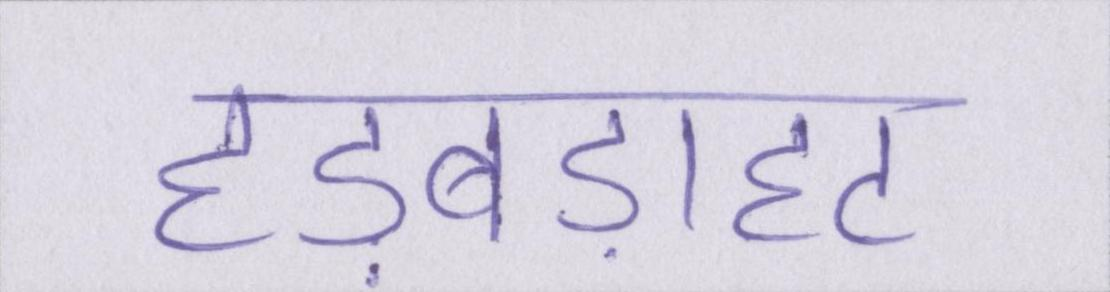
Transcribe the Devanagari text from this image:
हड़बड़ाहट